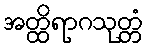
အတ္ထိရာဂသုတ္တံ